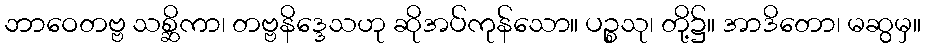
ဘာဝေတဗ္ဗ သစ္ဆိကာ၊ တဗ္ဗနိဒ္ဒေသဟု ဆိုအပ်ကုန်သော။ ပဉ္စသု၊ တို့၌။ အာဒိတော၊ မဆွမှ။